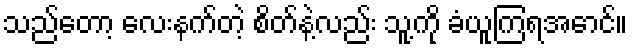
သည်တော့ လေးနက်တဲ့ စိတ်နဲ့လည်း သူ့ကို ခံယူကြရအောင်။